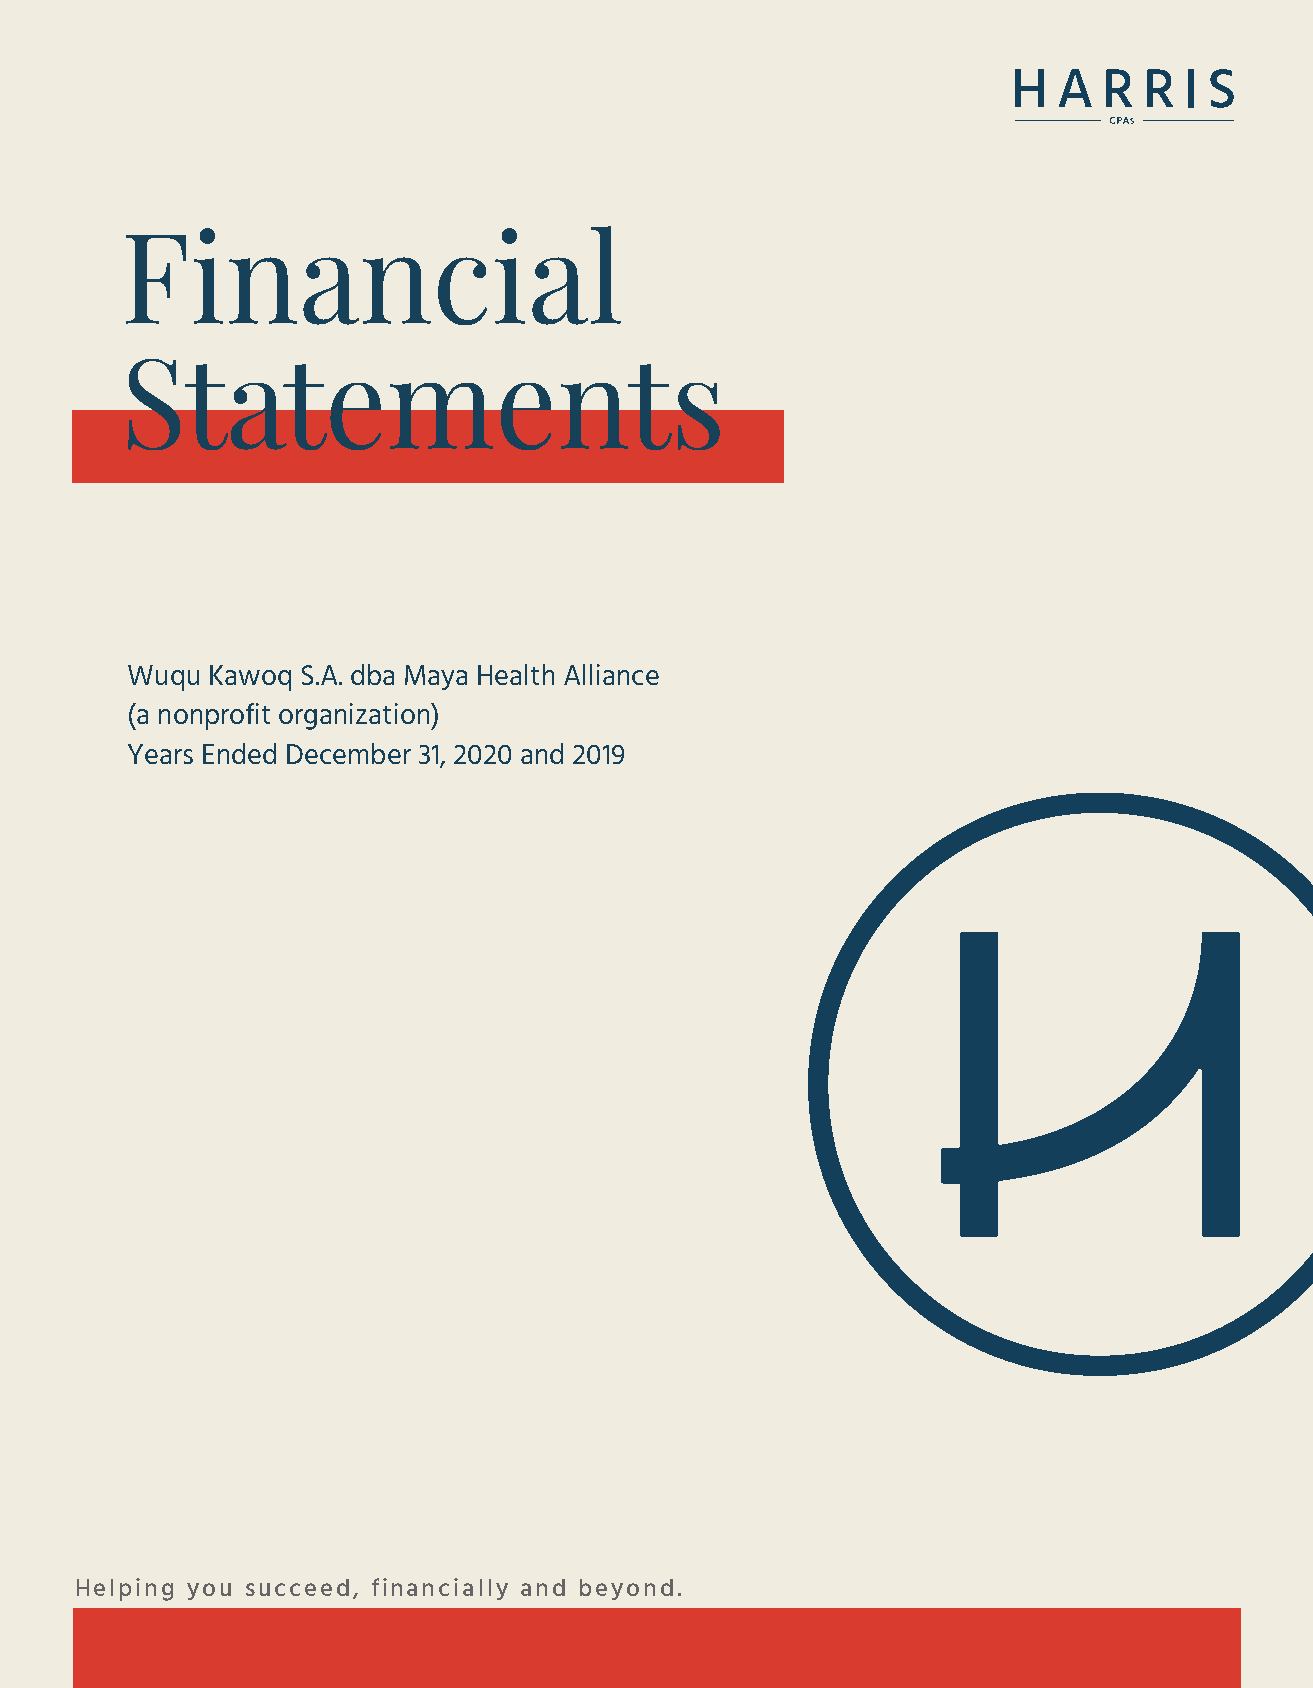
Financial
 Statements
 Wuqu  Kawoq S.A. dba Maya Health Alliance
 (a nonprofit organization)
 Years Ended December 31, 2020 and 2019
 Helping you succeed, f inancially and beyond.